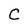
Character: C